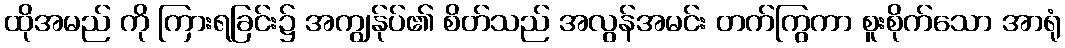
ထိုအမည် ကို ကြားရခြင်း၌ အကျွန်ုပ်၏ စိတ်သည် အလွန်အမင်း တက်ကြွကာ စူးစိုက်သော အာရုံ